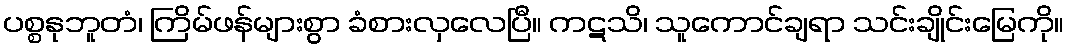
ပစ္စနုဘူတံ၊ ကြိမ်ဖန်များစွာ ခံစားလှလေပြီ။ ကဋသိ၊ သူကောင်ချရာ သင်းချိုင်းမြေကို။